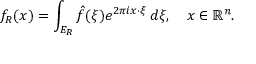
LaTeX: f _ { R } ( x ) = \int _ { E _ { R } } { \hat { f } } ( \xi ) e ^ { 2 \pi i x \cdot \xi } \, d \xi , \quad x \in \mathbb { R } ^ { n } .